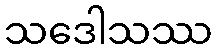
သဒေါသဿ